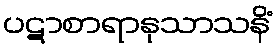
ပဋာစာရာနုသာသနိံ